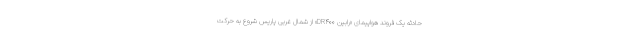
حادثه یک فروند هواپیمای «رابین DR۴۰۰» از شمال غربی پاریس شروع به حرکت